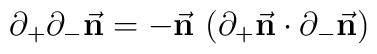
\partial_+\partial_-{\vec {\bf n}}=-{\vec {\bf n}} \,\,(\partial_+{\vec {\bf n}} \cdot \partial_-{\vec {\bf n}})